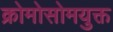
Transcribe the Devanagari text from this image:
क्रोमोसोमयुक्त